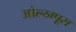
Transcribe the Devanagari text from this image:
ओल्य्म्पूस